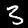
Digit: 3